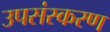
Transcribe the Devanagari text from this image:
उपसंस्करण